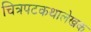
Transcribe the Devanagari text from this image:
चित्रपटकथालेखक